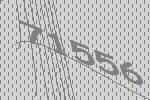
71556